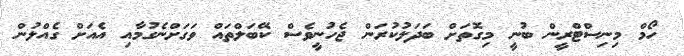
ހޯމް މިނިސްޓްރީން ބުނީ މިގޮތަށް ބަދަލުކުރަން ޖެހުނީވެސް ކޭބަލްތައް ވަގަށްނެގުމާއި އެއަށް ގެއްލުން